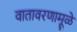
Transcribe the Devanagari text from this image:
वातावरणामूळे